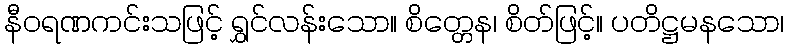
နီဝရဏကင်းသဖြင့် ရွှင်လန်းသော။ စိတ္တေန၊ စိတ်ဖြင့်။ ပတိဋ္ဌမနသော၊